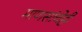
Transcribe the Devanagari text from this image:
माणसांचेही